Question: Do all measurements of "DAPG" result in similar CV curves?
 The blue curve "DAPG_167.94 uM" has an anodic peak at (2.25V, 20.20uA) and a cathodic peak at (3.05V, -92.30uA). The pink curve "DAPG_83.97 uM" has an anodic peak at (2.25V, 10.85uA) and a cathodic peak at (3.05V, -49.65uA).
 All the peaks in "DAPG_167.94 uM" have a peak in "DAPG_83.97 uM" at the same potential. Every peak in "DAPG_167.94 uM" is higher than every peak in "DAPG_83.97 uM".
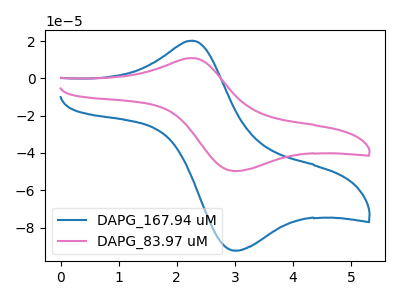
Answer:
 <answer>All the CV's of "DAPG" have similar shape.</answer>
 <eval>follow_rule</eval>